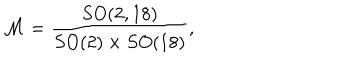
LaTeX: { \cal M } = { \frac { S O ( 2 , 1 8 ) } { S O ( 2 ) \times S O ( 1 8 ) } } ,